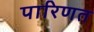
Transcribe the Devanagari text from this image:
पारिणत